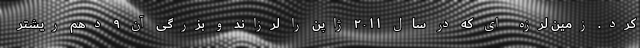
کرد. زمین لرزه ای که در سال ۲۰۱۱ ژاپن را لرزاند و بزرگی آن ۹ دهم ریشتر